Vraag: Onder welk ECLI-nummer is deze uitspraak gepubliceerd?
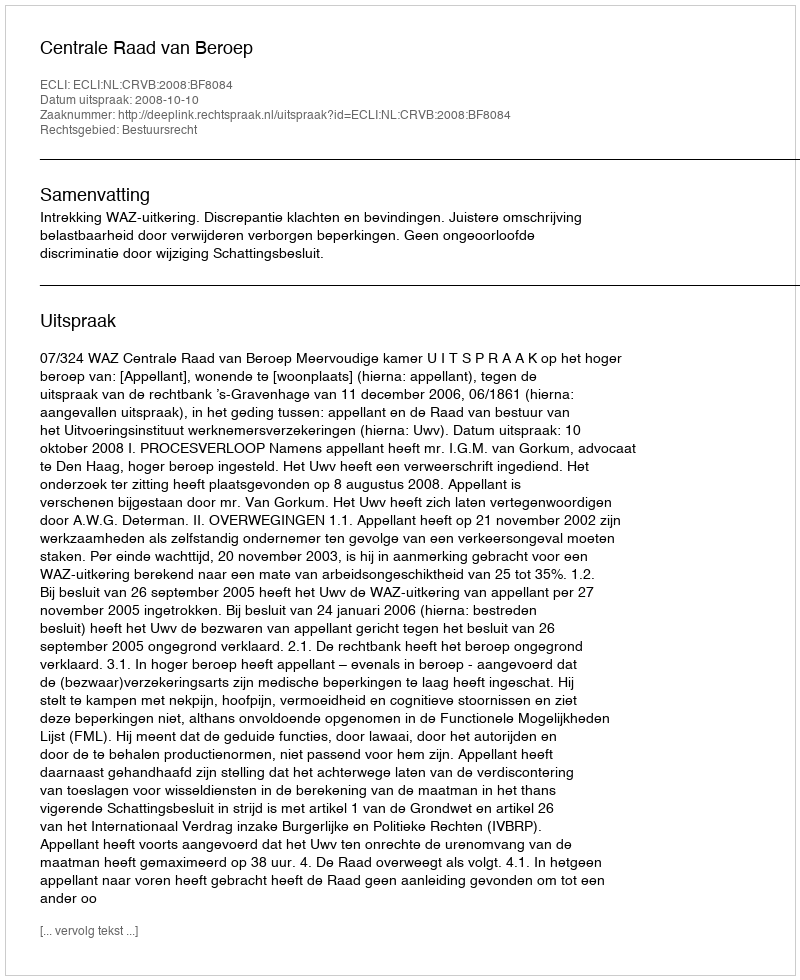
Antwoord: ECLI:NL:CRVB:2008:BF8084